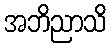
အဘိညာသိ